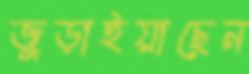
জুড়াইয়াছেন